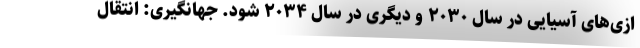
ازی‌های آسیایی در سال ۲۰۳۰ و دیگری در سال ۲۰۳۴ شود. جهانگیری: انتقال